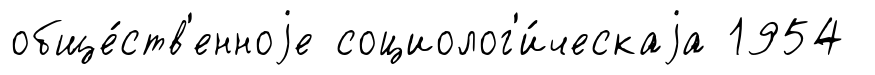
обще́ств'енноjе социолог'и́ческаjа 1954